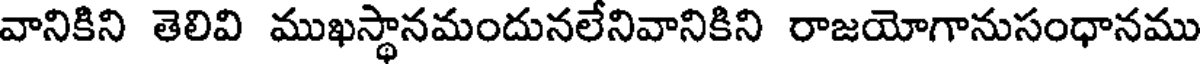
వానికిని తెలివి ముఖస్థానమందునలేనివానికిని రాజయోగానుసంధానము